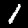
Digit: 1